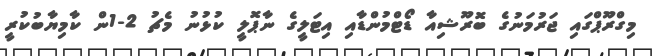
މިގްރޫޕްގައި ޖަރުމަނުގެ ބޮރޫޝިއާ ޑޯޓްމުންޑާއި އިޓަލީގެ ނާޕޮލީ ކުޅުނު މެޗު 2-1ން ކާމިޔާބުކުރީ